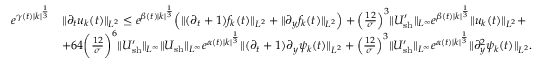
\begin{array} { r l } { e ^ { \gamma ( t ) | k | ^ { \frac { 1 } { 3 } } } } & { \| \partial _ { t } u _ { k } ( t ) \| _ { L ^ { 2 } } \leq e ^ { \beta ( t ) | k | ^ { \frac { 1 } { 3 } } } \Big ( \| ( \partial _ { t } + 1 ) f _ { k } ( t ) \| _ { L ^ { 2 } } + \| \partial _ { y } f _ { k } ( t ) \| _ { L ^ { 2 } } \Big ) + \Big ( \frac { 1 2 } { \sigma } \Big ) ^ { 3 } \| U _ { \mathrm { s h } } ^ { \prime } \| _ { L ^ { \infty } } e ^ { \beta ( t ) | k | ^ { \frac { 1 } { 3 } } } \| u _ { k } ( t ) \| _ { L ^ { 2 } } + } \\ & { + 6 4 \bigg ( \frac { 1 2 } { \sigma } \bigg ) ^ { 6 } \| U _ { \mathrm { s h } } ^ { \prime } \| _ { L ^ { \infty } } \| U _ { \mathrm { s h } } \| _ { L ^ { \infty } } e ^ { \alpha ( t ) | k | ^ { \frac { 1 } { 3 } } } \| ( \partial _ { t } + 1 ) \partial _ { y } \psi _ { k } ( t ) \| _ { L ^ { 2 } } + \Big ( \frac { 1 2 } { \sigma } \Big ) ^ { 3 } \| U _ { \mathrm { s h } } ^ { \prime } \| _ { L ^ { \infty } } e ^ { \alpha ( t ) | k | ^ { \frac { 1 } { 3 } } } \| \partial _ { y } ^ { 2 } \psi _ { k } ( t ) \| _ { L ^ { 2 } } . } \end{array}